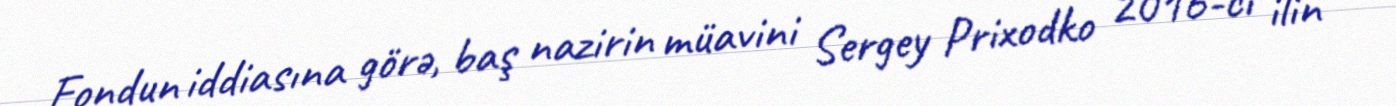
Fondun iddiasına görə, baş nazirin müavini Sergey Prixodko 2016-cı ilin